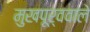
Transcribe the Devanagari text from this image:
मुखपूर्ववाले